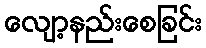
လျော့နည်းစေခြင်း